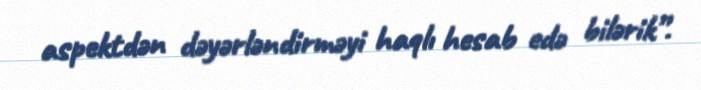
aspektdən dəyərləndirməyi haqlı hesab edə bilərik”.